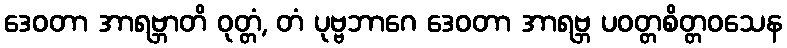
ဒေဝတာ အာရဗ္ဘာတိ ဝုတ္တံ, တံ ပုဗ္ဗဘာဂေ ဒေဝတာ အာရဗ္ဘ ပဝတ္တစိတ္တဝသေန